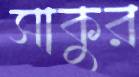
সাকুর